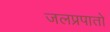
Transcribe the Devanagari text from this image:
जलप्रपातो